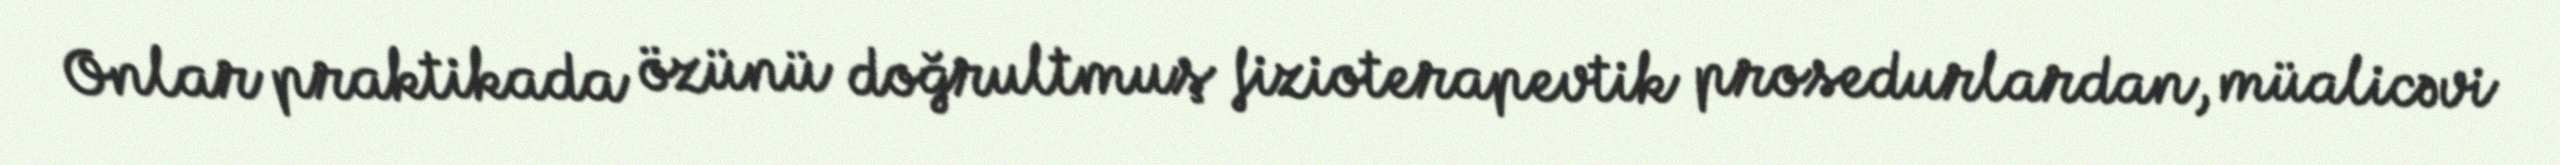
Onlar praktikada özünü doğrultmuş fizioterapevtik prosedurlardan, müalicəvi